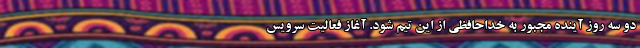
دو سه روز آینده مجبور به خداحافظی از این تیم شود. آغاز فعالیت سرویس